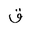
Letter: _qaf